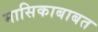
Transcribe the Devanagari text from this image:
मासिकाबाबत